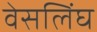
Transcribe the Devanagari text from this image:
वेसलिंघ